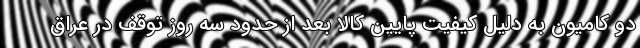
دو کامیون به دلیل کیفیت پایین کالا بعد از حدود سه روز توقف در عراق